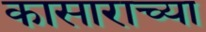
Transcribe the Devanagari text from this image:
कासाराच्या